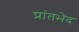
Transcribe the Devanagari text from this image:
प्रांतभेद